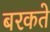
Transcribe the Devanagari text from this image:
बरकते